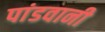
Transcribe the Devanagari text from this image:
पांडवानी